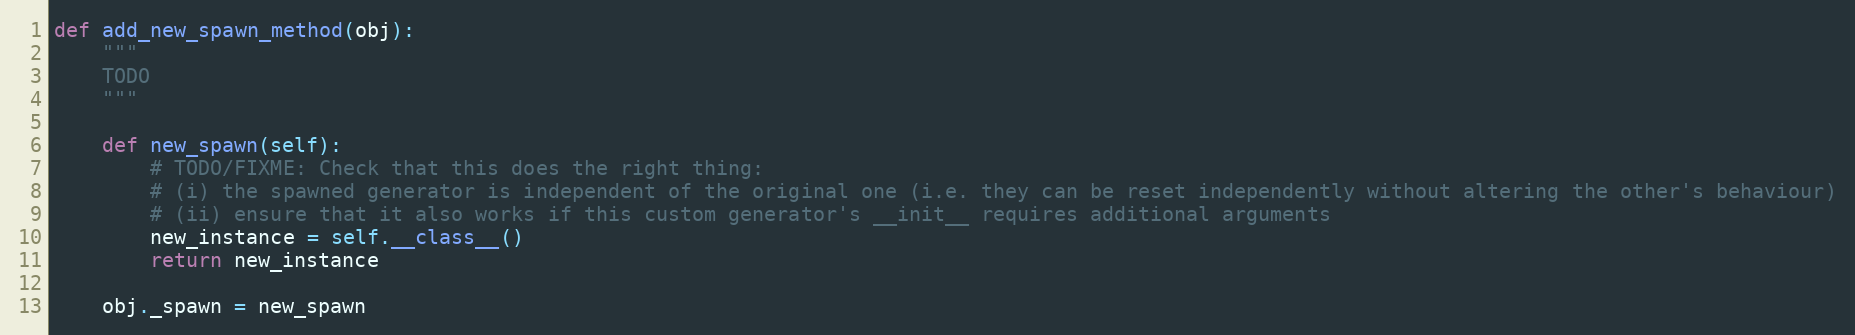
Language: Python
def add_new_spawn_method(obj):
    """
    TODO
    """

    def new_spawn(self):
        # TODO/FIXME: Check that this does the right thing:
        # (i) the spawned generator is independent of the original one (i.e. they can be reset independently without altering the other's behaviour)
        # (ii) ensure that it also works if this custom generator's __init__ requires additional arguments
        new_instance = self.__class__()
        return new_instance

    obj._spawn = new_spawn